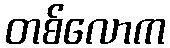
တစ်လောက